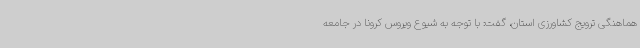
هماهنگی ترویج کشاورزی استان، گفت: با توجه به شیوع ویروس کرونا در جامعه